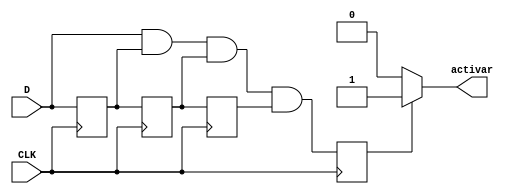
`timescale 1ns / 1ps
//////////////////////////////////////////////////////////////////////////////////
// Company: 
// Engineer: 
// 
// Design Name: 
// Module Name:    antirebotebotones 
// Project Name: 
// Target Devices: 
// Tool versions: 
// Description: 
//
// Dependencies: 
//
// Revision: 
// Revision 0.01 - File Created
// Additional Comments: 
//
//////////////////////////////////////////////////////////////////////////////////
module antirebotebotones(
input wire D,
input CLK, 
output reg activar
	);
reg X1; 
reg X2;
reg X3;
reg A;

always @(posedge CLK)
	begin
		X1 <= D;
		X2 <= X1;
		X3 <= X2;
		A <= (D & X1 & X2 & X3);
	end
always @(A)
	if (A)
		activar = 1;
	else
		activar = 0;

endmodule